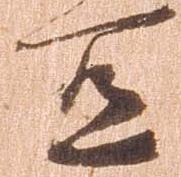
宜